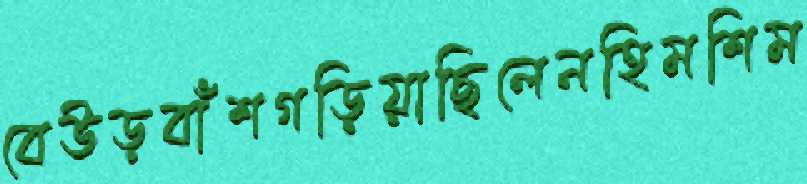
বেউড়বাঁশগড়িয়াছিলেনহিমশিম